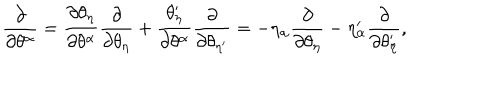
\frac { \partial } { \partial \theta ^ { \alpha } } = \frac { \partial \theta _ { \eta } } { \partial \theta ^ { \alpha } } \frac { \partial } { \partial \theta _ { \eta } } + \frac { \theta _ { \eta } ^ { \prime } } { \partial \theta ^ { \alpha } } \frac { \partial } { \partial \theta _ { \eta ^ { \prime } } } = - \eta _ { \alpha } \frac { \partial } { \partial \theta _ { \eta } } - \eta _ { \alpha } ^ { \prime } \frac { \partial } { \partial \theta _ { \eta } ^ { \prime } } ,